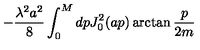
- \frac { \lambda ^ { 2 } a ^ { 2 } } { 8 } \int _ { 0 } ^ { M } d p J _ { 0 } ^ { 2 } ( a p ) \arctan \frac { p } { 2 m }